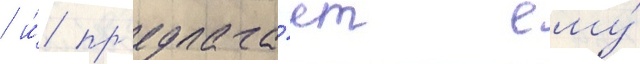
/ и́ пр'едлага́ет ему́